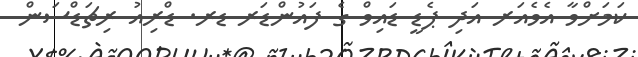
ކަމަށްވާ އެވެއަރ އަދި ޕެޑީ ޑައިވް ގެ ފައުންޑަރ ޑރ. ޑްރިއު ރިޗަޑްސަން